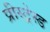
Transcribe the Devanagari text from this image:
प्रीस्ट्रेस्ड